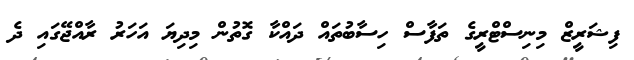
ފިޝަރީޒް މިނިސްޓްރީގެ ތަފާސް ހިސާބުތައް ދައްކާ ގޮތުން މިދިޔަ އަހަރު ރާއްޖޭގައި ދެ